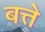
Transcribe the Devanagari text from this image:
बत्ते